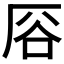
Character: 𫨊